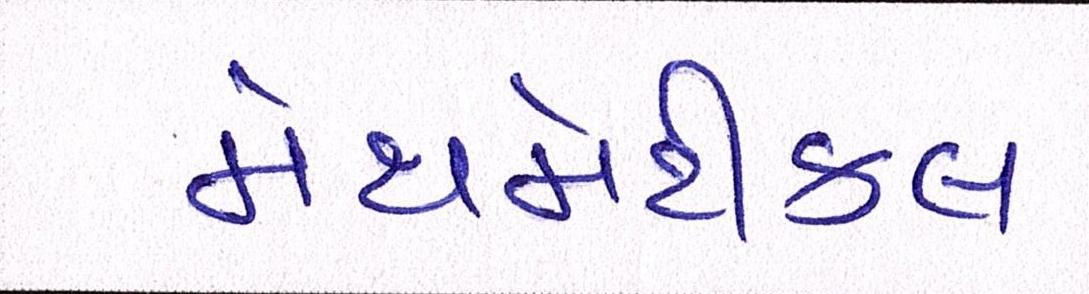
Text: મેથમેટીકલ